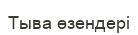
Тыва өзендері